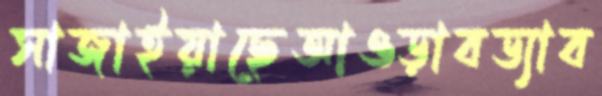
সাজাইয়াছেআওড়াবড্যাব